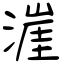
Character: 漄